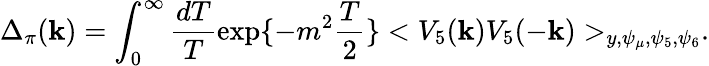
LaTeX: \Delta_{\pi}(\mathbf{k})=\int_{0}^{\infty}\frac{{dT}}{{T}}\exp\{ -m^{2}\frac{{T}}{{2}}\} <V_{5}(\mathbf{k})V_{5}(-\mathbf{k})>_{y,\psi_{\mu},\psi_{5},\psi_{6}}.